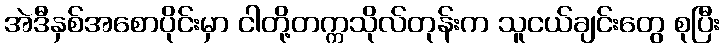
အဲဒီနှစ်အစောပိုင်းမှာ ငါတို့တက္ကသိုလ်တုန်းက သူငယ်ချင်းတွေ စုပြီး